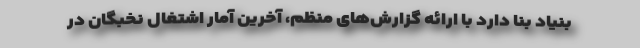
بنیاد بنا دارد با ارائه گزارش‌های منظم، آخرین آمار اشتغال نخبگان در